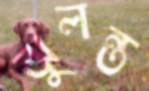
ঝুলন্ত